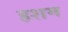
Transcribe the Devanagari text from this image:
हशम